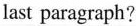
last paragraph?